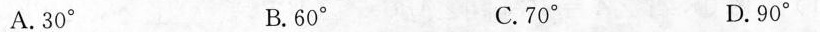
A. 30° B. 60° C. 70° D. 90°